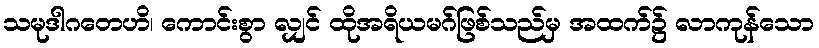
သမုဒါဂတေဟိ၊ ကောင်းစွာ လျှင် ထိုအရိယမဂ်ဖြစ်သည်မှ အထက်၌ လာကုန်သော